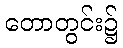
တောတွင်း၌